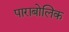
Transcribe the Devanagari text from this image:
पाराबोलिक